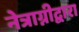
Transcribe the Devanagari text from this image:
नेत्राग्नीद्वारा